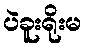
ပဲခူးရိုးမ